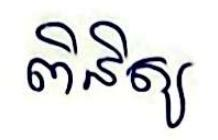
ពិនិត្យ